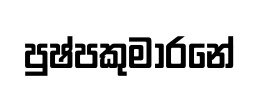
පුෂ්පකුමාරනේ